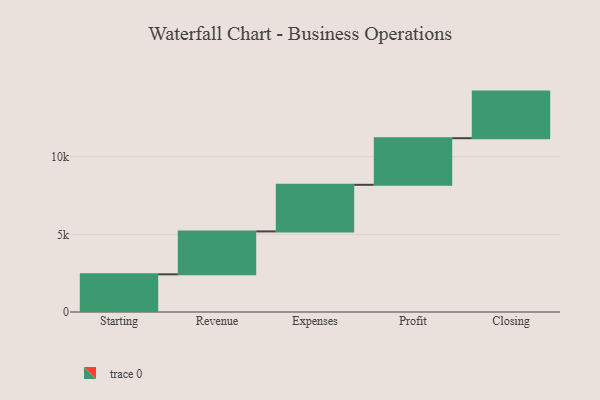
{"axis": {"x": "Step", "y": "Value"}, "legend": [""], "data": [{"x": "Starting", "y": 2425.0, "type": ""}, {"x": "Revenue", "y": 2763.0, "type": ""}, {"x": "Expenses", "y": 3000, "type": ""}, {"x": "Profit", "y": 3000, "type": ""}, {"x": "Closing", "y": 3000, "type": ""}]}